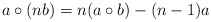
\begin{align*}a\circ (nb)=n(a\circ b)-(n-1)a\end{align*}